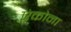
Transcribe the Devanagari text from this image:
एंकोना